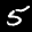
Label: 5